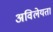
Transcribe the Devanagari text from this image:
अविलेयता